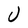
Character: U